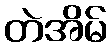
တဲအိမ်